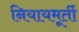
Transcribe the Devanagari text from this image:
नियायमूर्ती